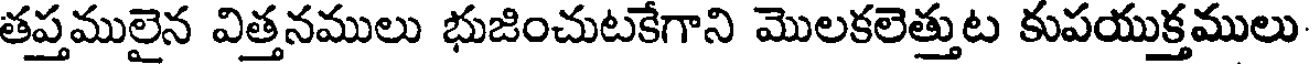
తప్తములైన విత్తనములు భుజించుటకేగాని మొలకలెత్తుట కుపయుక్తములు